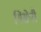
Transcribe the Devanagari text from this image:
गिसेपी